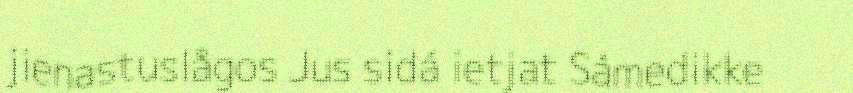
jienastuslågos Jus sidá ietjat Sámedikke